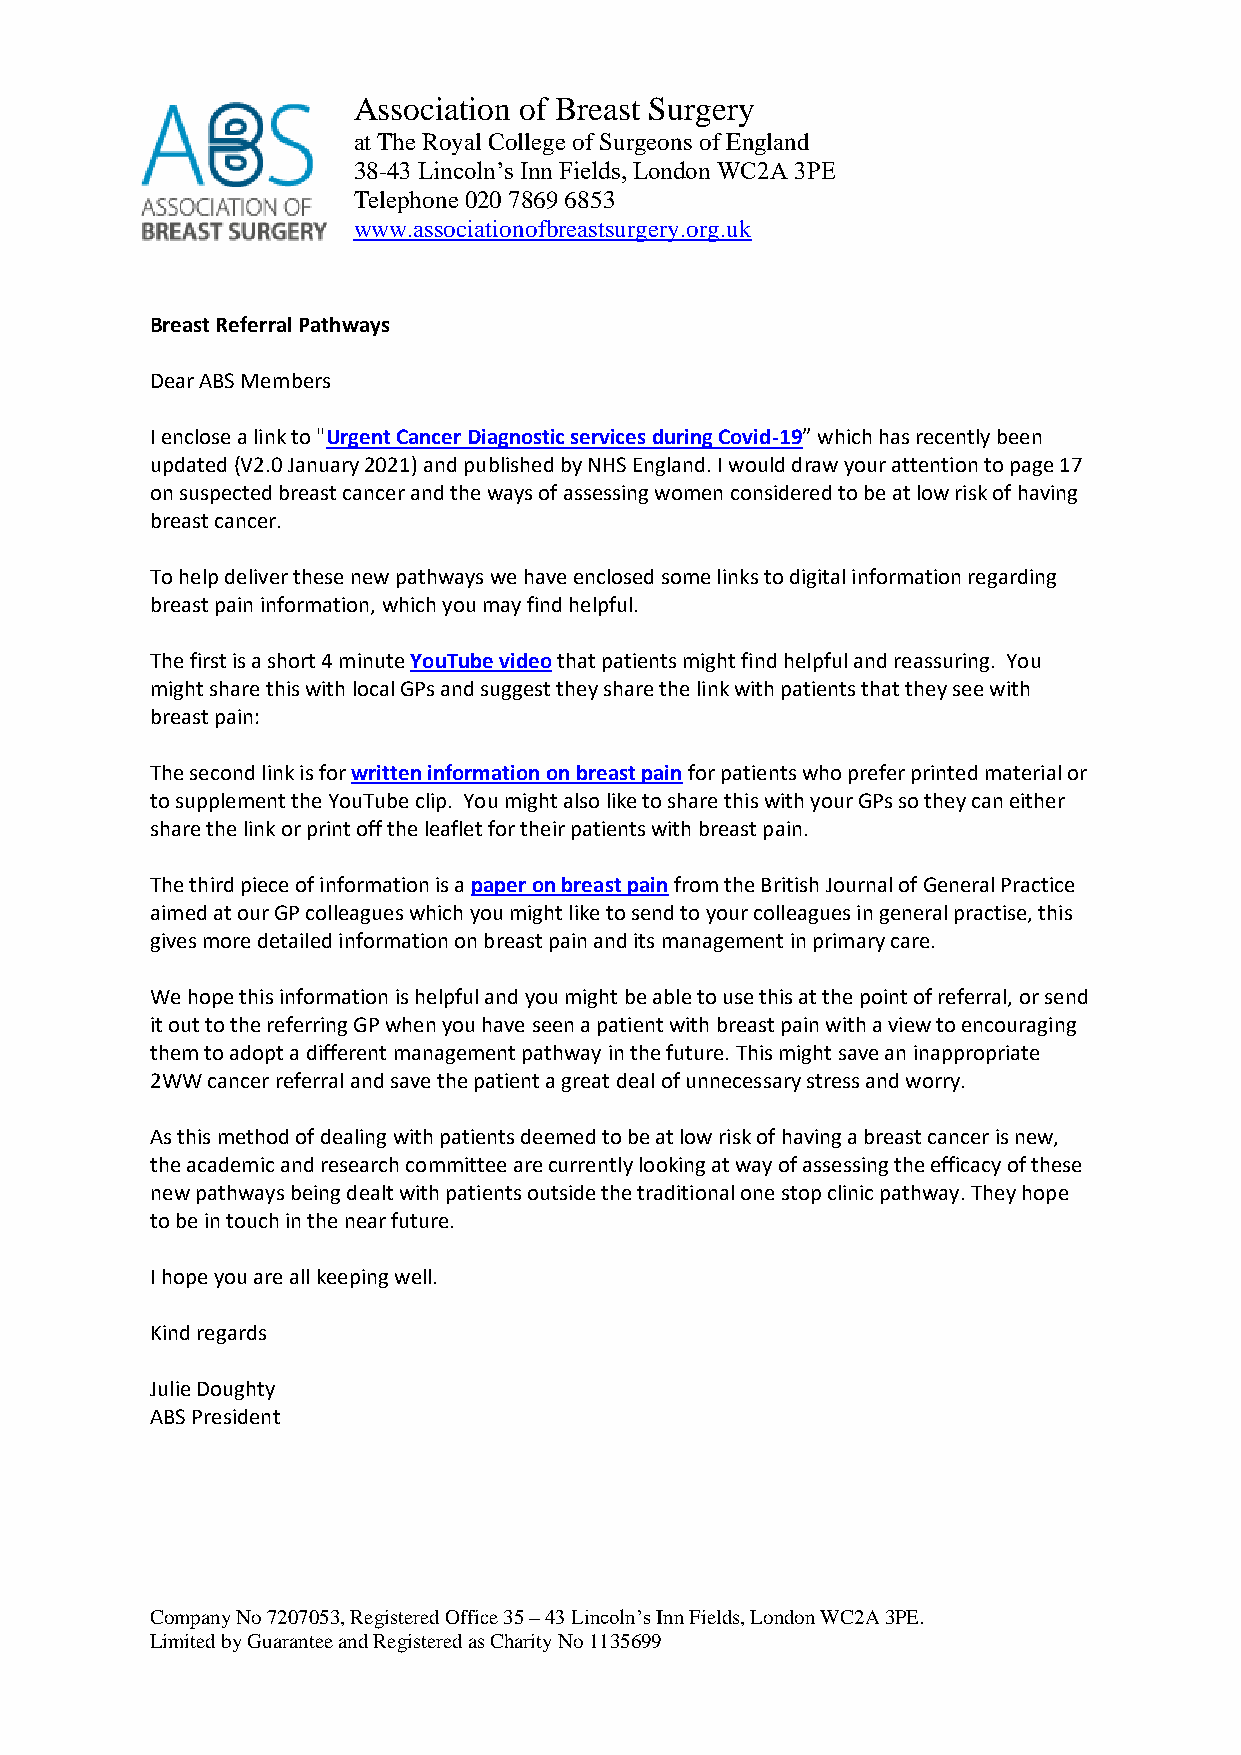
Association of Breast Surgery
 at The Royal College of Surgeons of England
 38-43 Lincoln’s Inn Fields, London WC2A 3PE
 Telephone 020 7869 6853
 www.associationofbreastsurgery.org.uk
 Breast Referral Pathways
 Dear ABS Members
 I enclose a link to "Urgent Cancer Diagnostic services during Covid-19” which has recently been
 updated (V2.0 January 2021) and published by NHS England. I would draw your attention to page 17
 on suspected breast cancer and the ways of assessing women considered to be at low risk of having
 breast cancer.
 To help deliver these new pathways we have enclosed some links to digital information regarding
 breast pain information, which you may find helpful.
 The first is a short 4 minute YouTube video that patients might find helpful and reassuring. You
 might share this with local GPs and suggest they share the link with patients that they see with
 breast pain:
 The second link is for written information on breast pain for patients who prefer printed material or
 to supplement the YouTube clip. You might also like to share this with your GPs so they can either
 share the link or print off the leaflet for their patients with breast pain.
 The third piece of information is a paper on breast pain from the British Journal of General Practice
 aimed at our GP colleagues which you might like to send to your colleagues in general practise, this
 gives more detailed information on breast pain and its management in primary care.
 We hope this information is helpful and you might be able to use this at the point of referral, or send
 it out to the referring GP when you have seen a patient with breast pain with a view to encouraging
 them to adopt a different management pathway in the future. This might save an inappropriate
 2WW cancer referral and save the patient a great deal of unnecessary stress and worry.
 As this method of dealing with patients deemed to be at low risk of having a breast cancer is new,
 the academic and research committee are currently looking at way of assessing the efficacy of these
 new pathways being dealt with patients outside the traditional one stop clinic pathway. They hope
 to be in touch in the near future.
 I hope you are all keeping well.
 Kind regards
 Julie Doughty
 ABS President
 Company No 7207053, Registered Office 35 – 43 Lincoln’s Inn Fields, London WC2A 3PE.
 Limited by Guarantee and Registered as Charity No 1135699